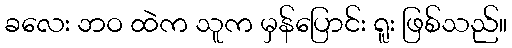
ခလေး ဘဝ ထဲက သူက မှန်ပြောင်း ရူး ဖြစ်သည်။